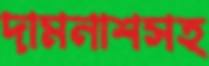
দামনাশসহ